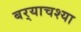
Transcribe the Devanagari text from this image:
बर्‍याचश्या